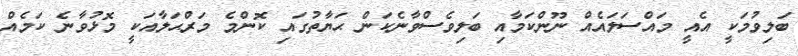
ބަލިވުމަކީ އެއީ މައްސަލައެއް ނޫންކަމާއި ބަލިވެސްވާނެކަން ޙަޔާތުގައި ކޮންމެ މަރްޙަލާއަކީ މޮޅުވާނެ ކަމެއް